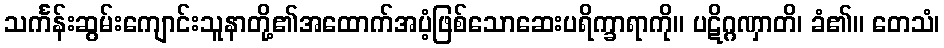
သင်္ကန်းဆွမ်းကျောင်းသူနာတို့၏အထောက်အပံ့ဖြစ်သောဆေးပရိက္ခာရာကို။ ပဋိဂ္ဂဏှာတိ၊ ခံ၏။ တေသံ၊